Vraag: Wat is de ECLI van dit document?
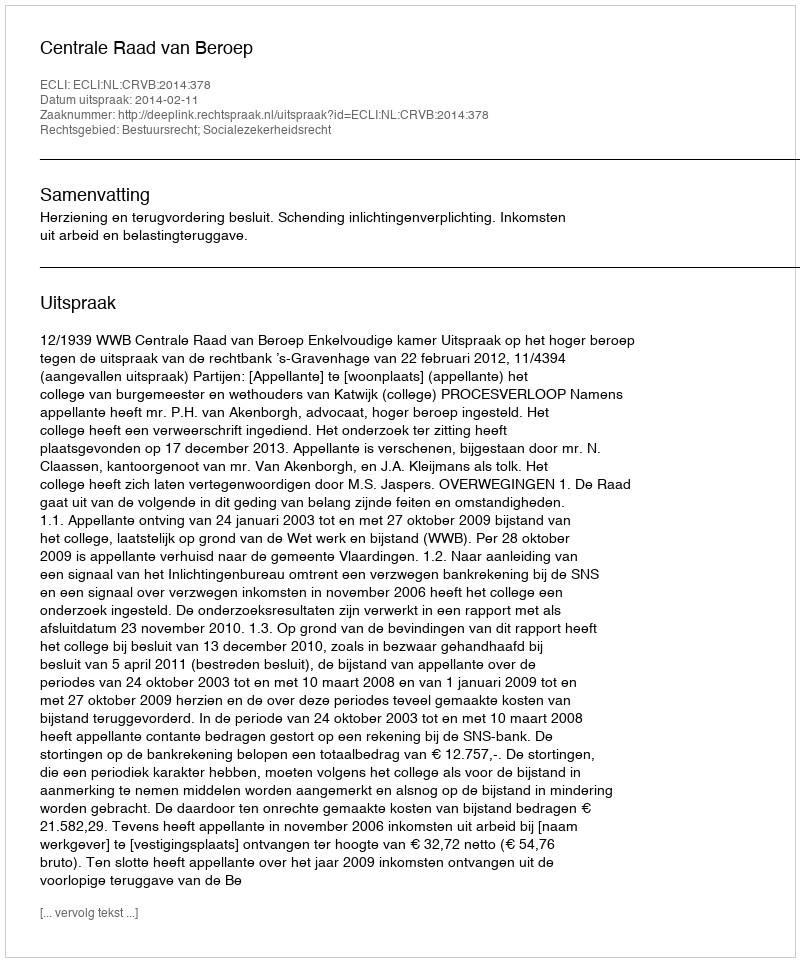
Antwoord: ECLI:NL:CRVB:2014:378